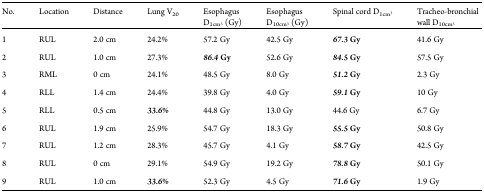
| No. | Location | Distance | Lung V20 | EsophagusD1cm3 (Gy) | EsophagusD10cm3 (Gy) | Spinal cord D1cm3 | Tracheo-bronchialwall D10cm3 |
 | --- | --- | --- | --- | --- | --- | --- | --- |
 | 1 | RUL | 2.0 cm | 24.2% | 57.2 Gy | 42.5 Gy | 67.3 Gy | 41.6 Gy |
 | 2 | RUL | 1.0 cm | 27.3% | 86.4 Gy | 52.6 Gy | 84.5 Gy | 57.5 Gy |
 | 3 | RML | 0 cm | 24.1% | 48.5 Gy | 8.0 Gy | 51.2 Gy | 2.3 Gy |
 | 4 | RLL | 1.4 cm | 24.4% | 39.8 Gy | 4.0 Gy | 59.1 Gy | 10 Gy |
 | 5 | RLL | 0.5 cm | 33.6% | 44.8 Gy | 13.0 Gy | 44.6 Gy | 6.7 Gy |
 | 6 | RUL | 1.9 cm | 25.9% | 54.7 Gy | 18.3 Gy | 55.5 Gy | 50.8 Gy |
 | 7 | RUL | 1.2 cm | 28.3% | 45.7 Gy | 4.1 Gy | 58.7 Gy | 42.5 Gy |
 | 8 | RUL | 0 cm | 29.1% | 54.9 Gy | 19.2 Gy | 78.8 Gy | 50.1 Gy |
 | 9 | RUL | 1.0 cm | 33.6% | 52.3 Gy | 4.5 Gy | 71.6 Gy | 1.9 Gy |